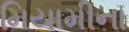
મિયામીના